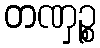
တဏှဉ္စ